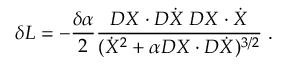
\delta L = - { \frac { \delta \alpha } { 2 } } { \frac { D X \cdot D \dot { X } \; D X \cdot \dot { X } } { ( \dot { X } ^ { 2 } + \alpha D X \cdot D \dot { X } ) ^ { 3 / 2 } } } \; .